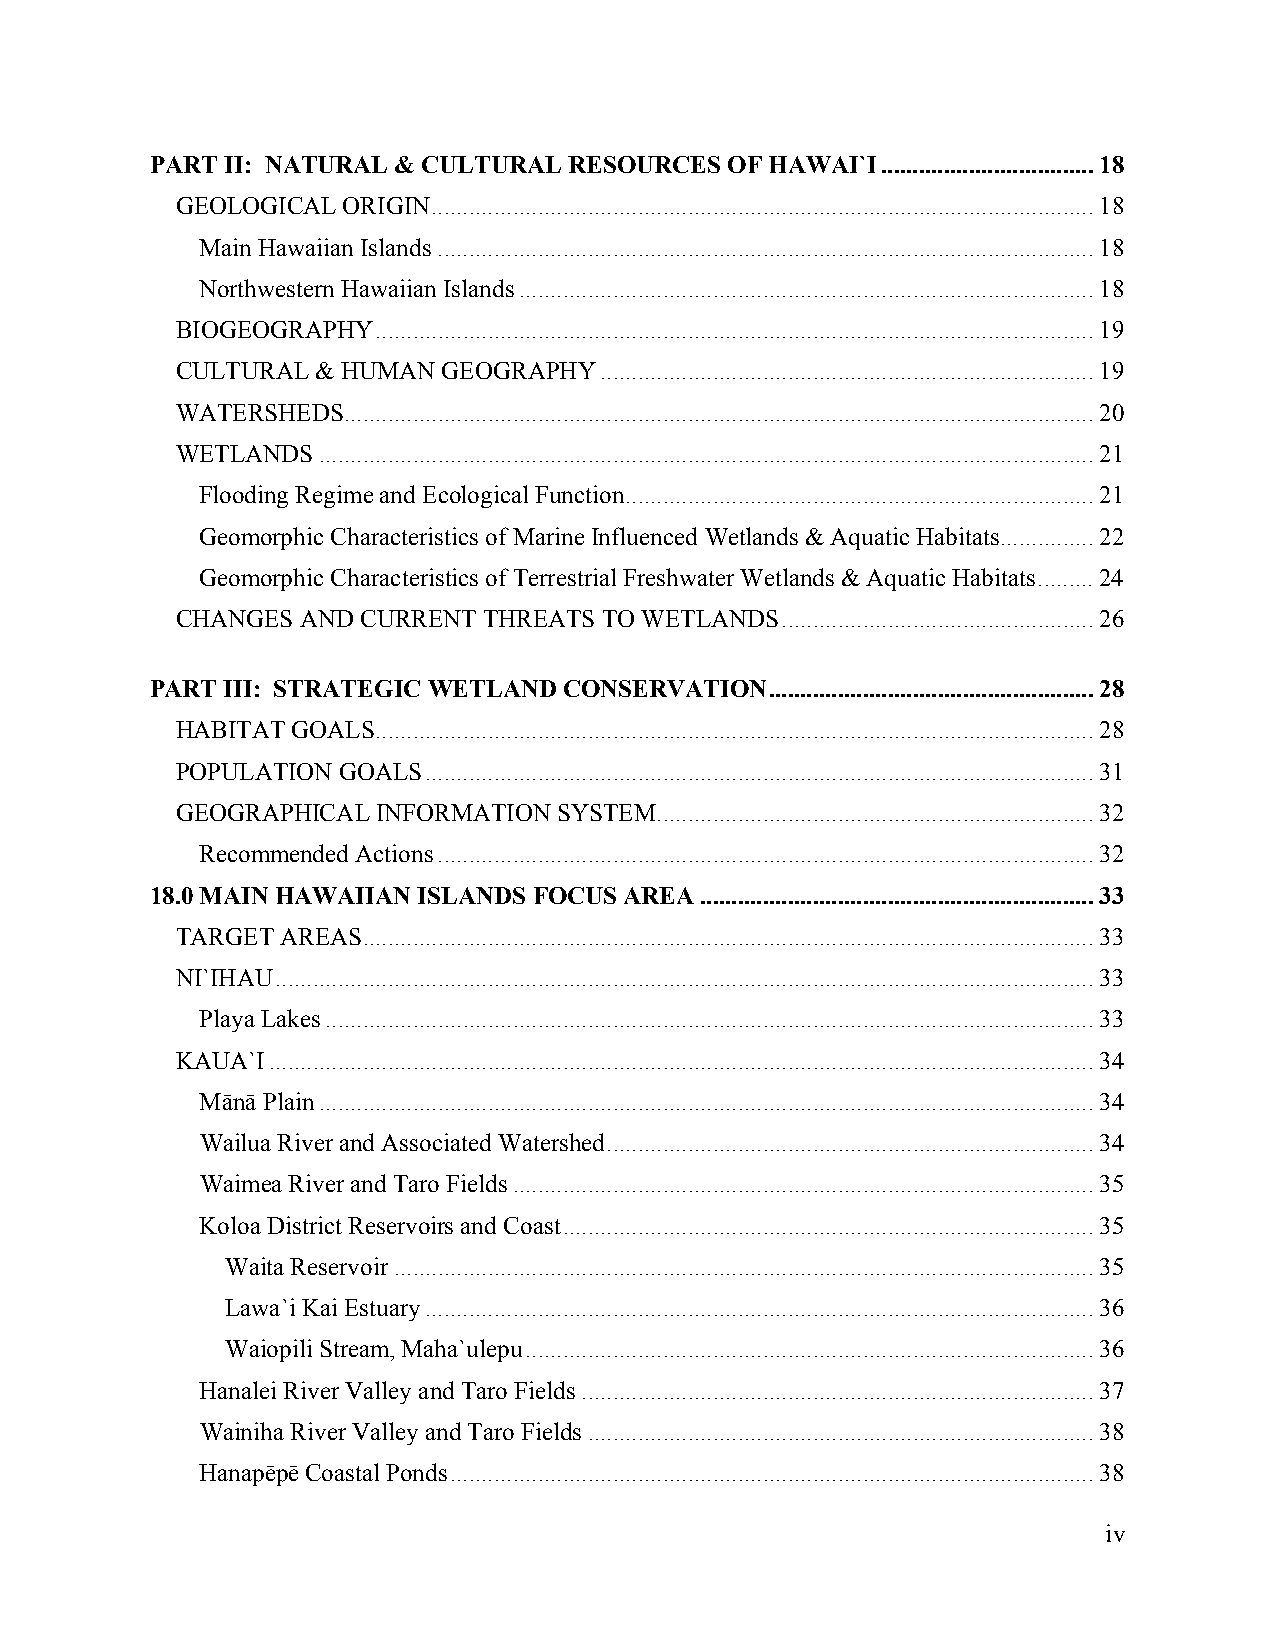
PART II: NATURAL & CULTURAL RESOURCES OF HAWAI`I..................................18
 GEOLOGICAL ORIGIN..........................................................................................................18
 Main Hawaiian Islands.........................................................................................................18
 Northwestern Hawaiian Islands............................................................................................18
 BIOGEOGRAPHY...................................................................................................................19
 CULTURAL & HUMAN GEOGRAPHY...............................................................................19
 WATERSHEDS........................................................................................................................20
 WETLANDS............................................................................................................................21
 Flooding Regime and Ecological Function...........................................................................21
 Geomorphic Characteristics of Marine Influenced Wetlands & Aquatic Habitats...............22
 Geomorphic Characteristics of Terrestrial Freshwater Wetlands & Aquatic Habitats.........24
 CHANGES AND CURRENT THREATS TO WETLANDS..................................................26
 PART III: STRATEGIC WETLAND CONSERVATION....................................................28
 HABITAT GOALS...................................................................................................................28
 POPULATION GOALS...........................................................................................................31
 GEOGRAPHICAL INFORMATION SYSTEM......................................................................32
 Recommended Actions.........................................................................................................32
 18.0 MAIN HAWAIIAN ISLANDS FOCUS AREA...............................................................33
 TARGET AREAS.....................................................................................................................33
 NI`IHAU...................................................................................................................................33
 Playa Lakes...........................................................................................................................33
 KAUA`I....................................................................................................................................34
 Mānā Plain............................................................................................................................34
 Wailua River and Associated Watershed..............................................................................34
 Waimea River and Taro Fields.............................................................................................35
 Koloa District Reservoirs and Coast.....................................................................................35
 Waita Reservoir................................................................................................................35
 Lawa`i Kai Estuary...........................................................................................................36
 Waiopili Stream, Maha`ulepu...........................................................................................36
 Hanalei River Valley and Taro Fields..................................................................................37
 Wainiha River Valley and Taro Fields.................................................................................38
 Hanapēpē Coastal Ponds.......................................................................................................38
 iv